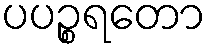
ပပဉ္စရတော